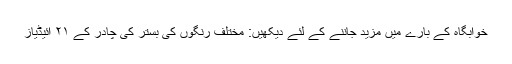
خوابگاہ کے بارے میں مزید جاننے کے لئے دیکھیں: مختلف رنگوں کی بستر کی چادر کے ۲۱ آئیڈیاز